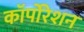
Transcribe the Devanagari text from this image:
काॅर्पोरेशन